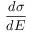
\frac { d \sigma } { d E }